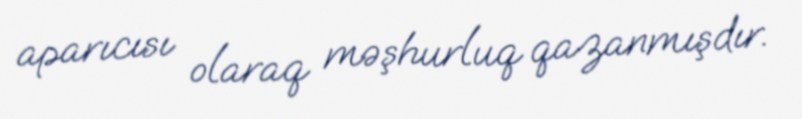
aparıcısı olaraq məşhurluq qazanmışdır.